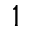
1